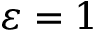
\varepsilon = 1